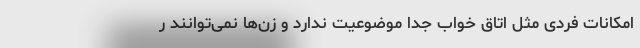
امکانات فردی مثل اتاق خواب جدا موضوعیت ندارد و زن‌ها نمی‌توانند ر